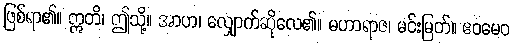
ဖြစ်ရာ၏။ ဣတိ၊ ဤသို့။ အာဟ၊ လျှောက်ဆိုလေ၏။ မဟာရာဇ၊ မင်းမြတ်။ ဧဝမေဝ